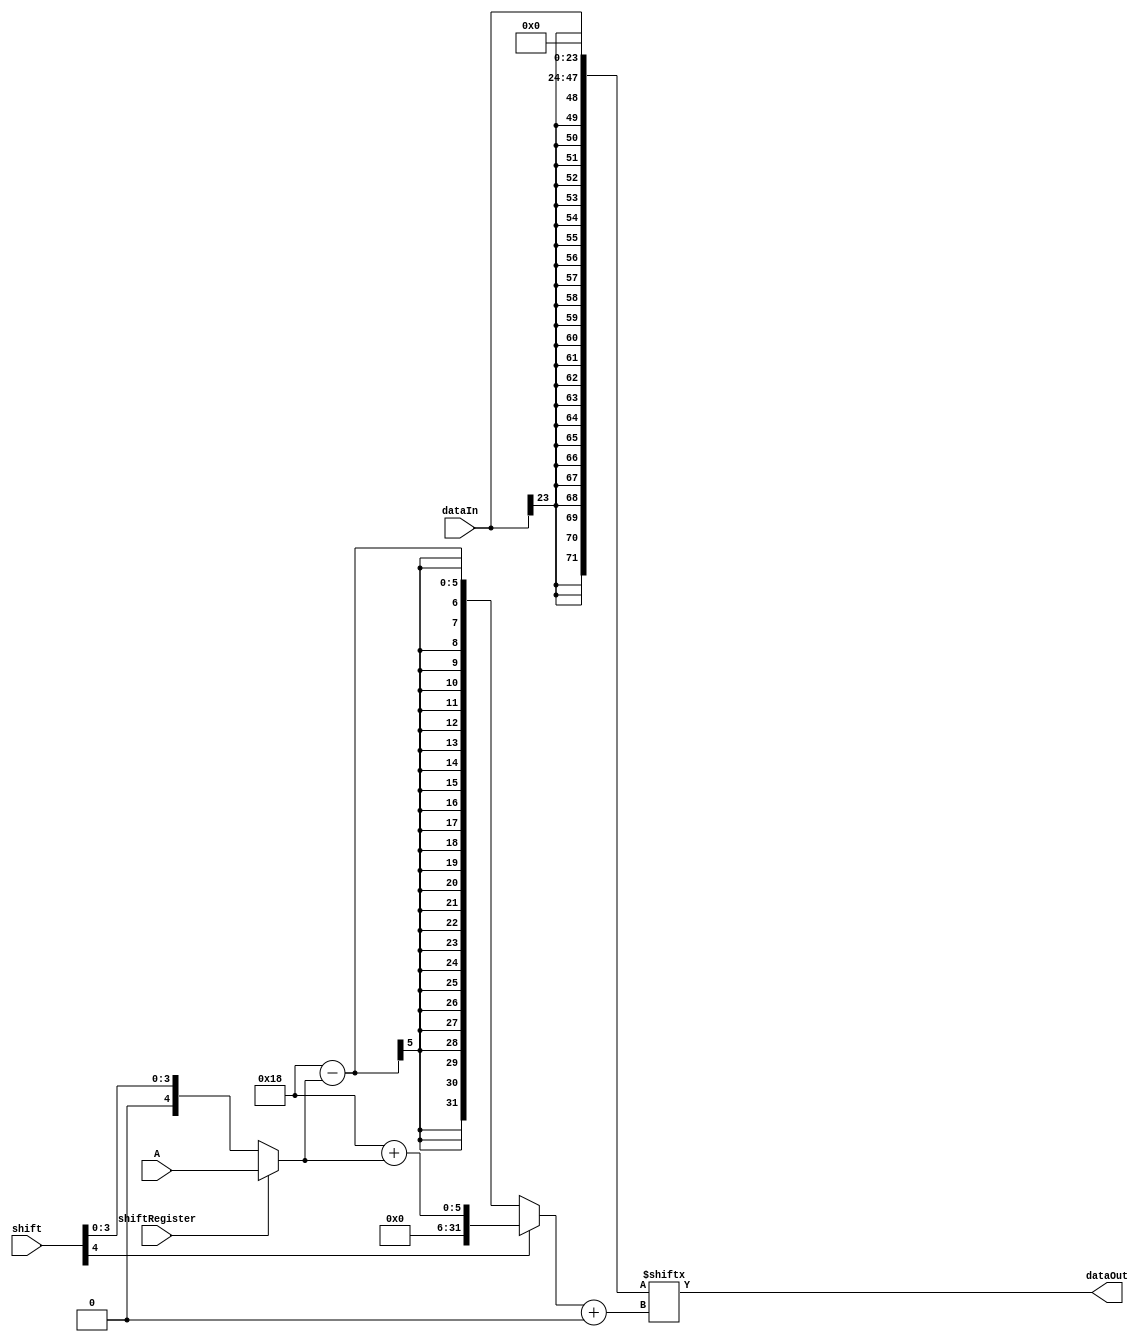
`timescale 1ns / 1ps

module shifter(
    input [23:0] dataIn,
    input [4:0] shift,
    input [4:0] A,
    input shiftRegister,
    output reg [23:0] dataOut
    );
        
    integer i;
    
    wire [71:0] extendedValue;
    wire [5:0] shiftAmt;
    
    assign extendedValue = {{24{dataIn[23]}}, dataIn, 24'b0};
    
    // SELECT SHIFT AMOUNT -- EITHER SHIFT[3:0] or SHIFT REGISTER
    assign shiftAmt[5] = 1'b0;
    assign shiftAmt[4:0] = (shiftRegister) ? A : {1'b0, shift[3:0]};
    
    always @(*) begin
        i = (shift[4]) ? (24 + shiftAmt) : (24 - shiftAmt);
        dataOut <= extendedValue[i +: 24];
    end
    
endmodule